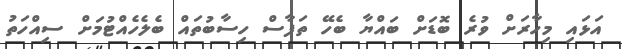
އަޅައި މިހާރަށް ވުރެ ބޮޑަށް ބައްޔާ ބެހޭ ތަފާސް ހިސާބުތައް ބެލެހެއްޓުމަށް ސިއްހަތު